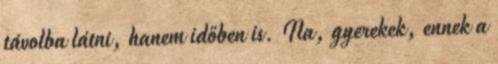
távolba látni, hanem időben is. Na, gyerekek, ennek a